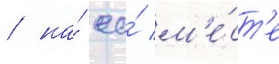
/ на́ ео́ м'е́ст'е